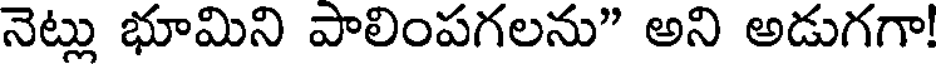
నెట్లు భూమిని పాలింపగలను" అని అడుగగా!